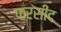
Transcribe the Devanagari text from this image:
फरसीद